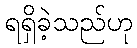
ရရှိခဲ့သည်ဟု